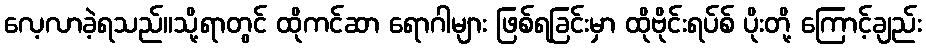
လေ့လာခဲ့ရသည်။သို့ရာတွင် ထိုကင်ဆာ ရောဂါများ ဖြစ်ရခြင်းမှာ ထိုဗိုင်းရပ်စ် ပိုးတို့ ကြောင့်ချည်း